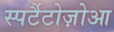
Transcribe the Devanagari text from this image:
स्पर्टैटोज़ोआ